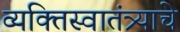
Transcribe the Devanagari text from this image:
व्यक्तिस्वातंत्र्याचे